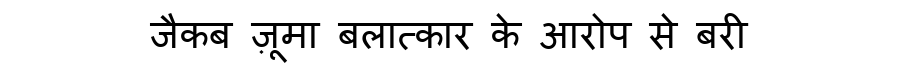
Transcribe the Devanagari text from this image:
जैकब ज़ूमा बलात्कार के आरोप से बरी